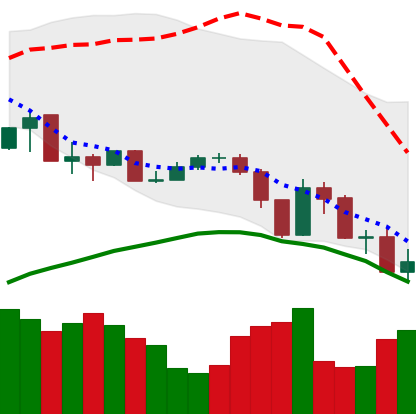
Ticker: XLM-USD
Chart end date: 2019-07-17
Forward return: 10.231%
Label: up_7plus